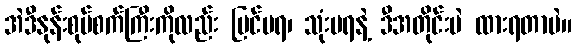
အဲဒီနုန်းစုပ်စက်ကြီးကိုလည်း ပြင်မရ၊ သုံးမရနဲ့ ဒီအတိုင်းပဲ ထားရတာပဲ။